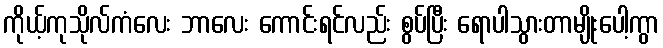
ကိုယ့်ကုသိုလ်ကံလေး ဘာလေး ကောင်းရင်လည်း စွပ်ပြီး ရောပါသွားတာမျိုးပေါ့ကွာ